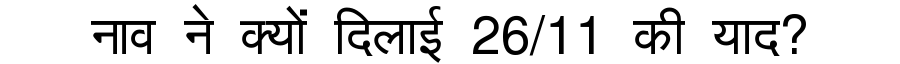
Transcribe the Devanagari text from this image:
नाव ने क्यों दिलाई 26/11 की याद?